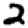
Digit: 2